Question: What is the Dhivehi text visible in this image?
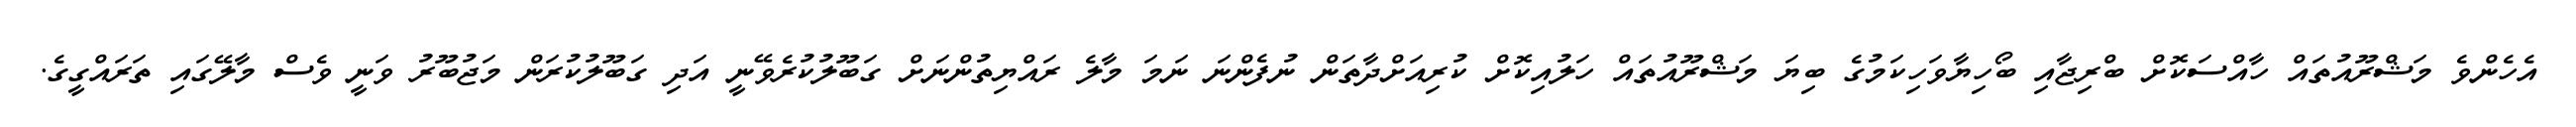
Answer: އެހެންވެ މަޝްރޫއުތައް ހާއްސަކޮށް ބްރިޖާއި ބޯހިޔާވަހިކަމުގެ ބިޔަ މަޝްރޫއުތައް ހަލުއިކޮށް ކުރިއަށްދާތަން ނުފެންނަ ނަމަ މާލެ ރައްޔިތުންނަށް ގަބޫލުކުރެވޭނީ އަދި ގަބޫލުކުރަން މަޖުބޫރު ވަނީ ވެސް މާލޭގައި ތަރައްގީގެ.